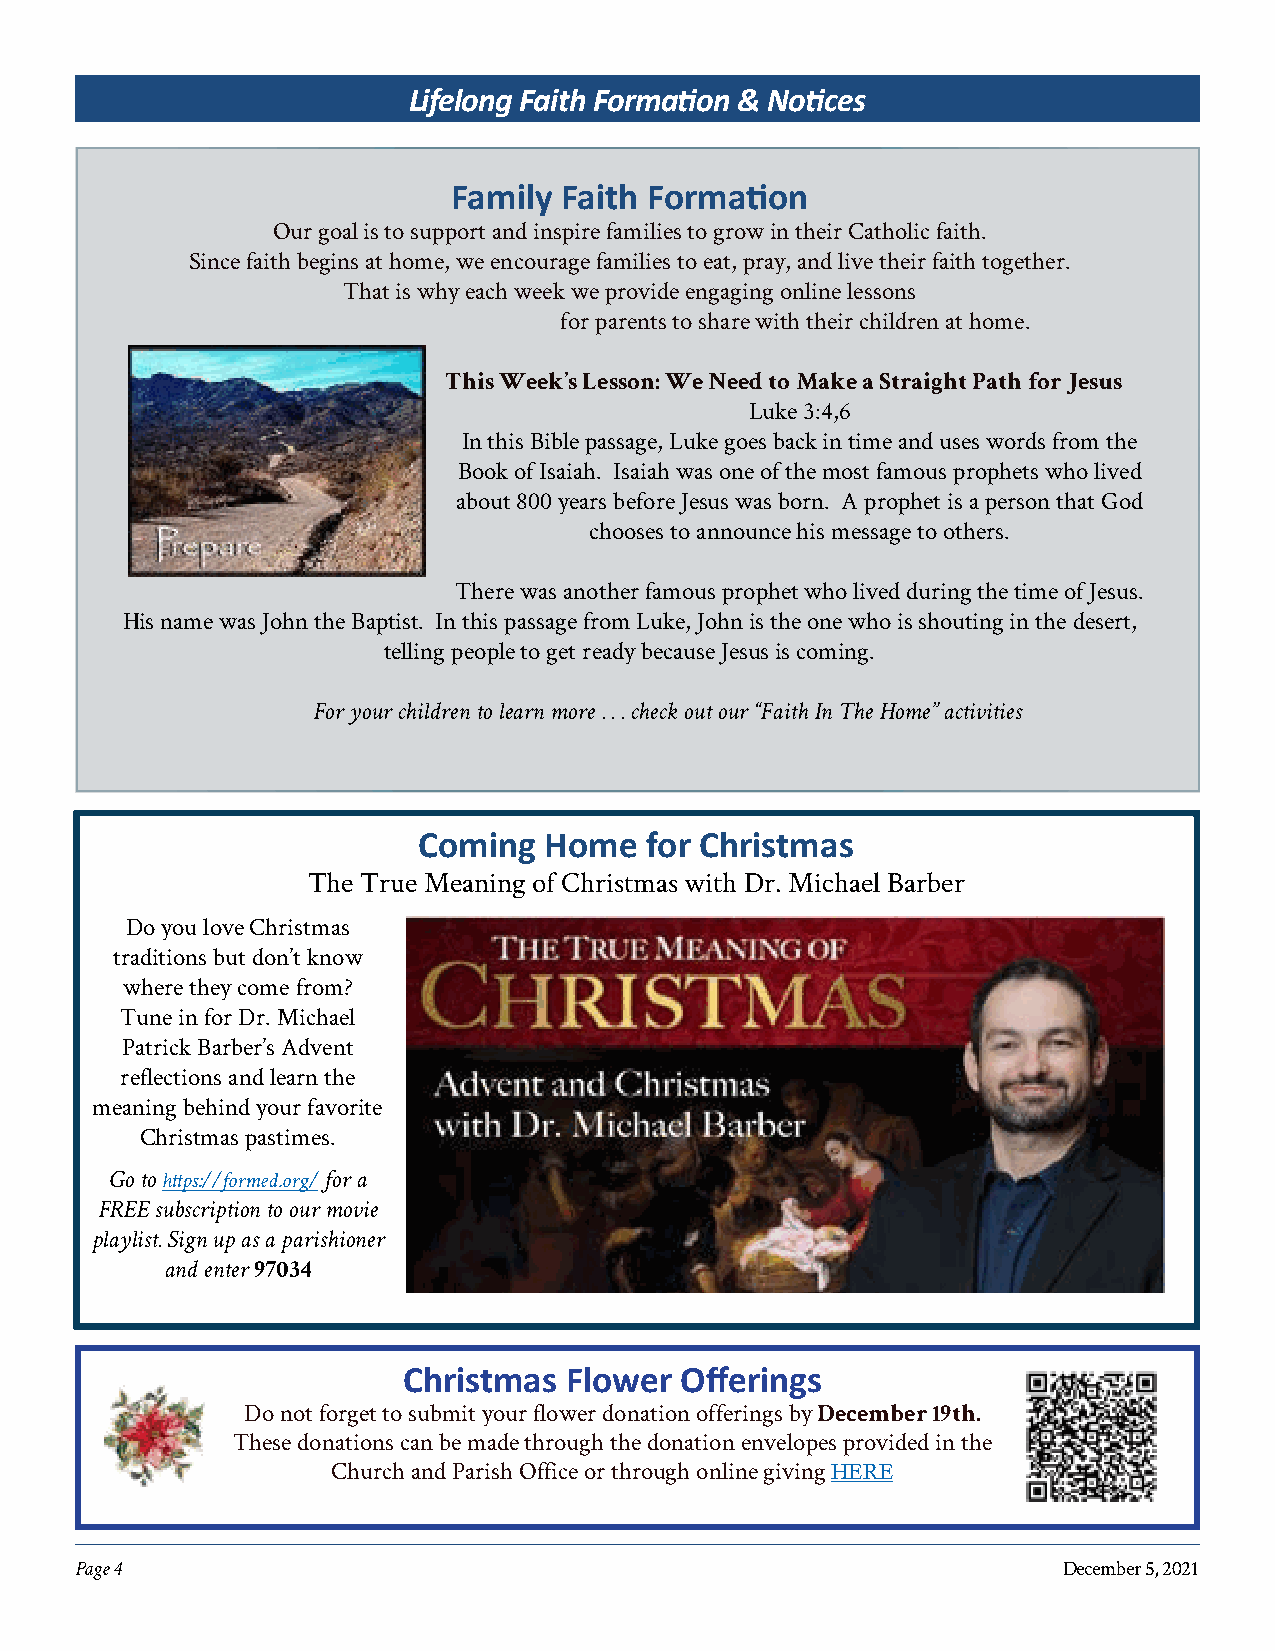
Lifelong Faith Formation & Notices
 Family Faith Formation
 Our goal is to support and inspire families to grow in their Catholic faith.
 Since faith begins at home, we encourage families to eat, pray, and live their faith together.
 That is why each week we provide engaging online lessons
 for parents to share with their children at home.
 This Week’s Lesson: We Need to Make a Straight Path for Jesus
 Luke 3:4,6
 In this Bible passage, Luke goes back in time and uses words from the
 Book of Isaiah. Isaiah was one of the most famous prophets who lived
 about 800 years before Jesus was born. A prophet is a person that God
 chooses to announce his message to others.
 There was another famous prophet who lived during the time of Jesus.
 His name was John the Baptist. In this passage from Luke, John is the one who is shouting in the desert,
 telling people to get ready because Jesus is coming.
 For your children to learn more . . . check out our “Faith In The Home” activities
 Coming  Home   for Christmas
 The True Meaning of Christmas with Dr. Michael Barber
 Do you love Christmas
 traditions but don’t know
 where they come from?
 Tune in for Dr. Michael
 Patrick Barber’s Advent
 reflections and learn the
 meaning behind your favorite
 Christmas pastimes.
 Go to https://formed.org/ for a
 FREE subscription to our movie
 playlist. Sign up as a parishioner
 and enter
 97034
 Christmas Flower  Offerings
 Do not forget to submit your flower donation offerings by
 December 19th.
 These donations can be made through the donation envelopes provided in the
 Church and Parish Office or through online giving HERE
 Page 4                                                           December 5, 2021